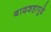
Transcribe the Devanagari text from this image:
बादशहापुढे